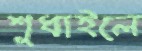
শুধাইলে